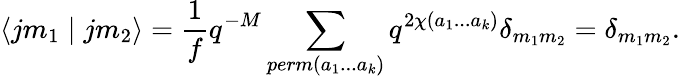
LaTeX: \langle jm_{1}\mid jm_{2}\rangle=\frac{1}{f}q^{-M}\sum_{perm(a_{1}...a_{k})}q^{2\chi(a_{1}...a_{k})}\delta_{m_{1}m_{2}}=\delta_{m_{1}m_{2}}.